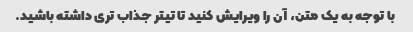
با توجه به یک متن، آن را ویرایش کنید تا تیتر جذاب تری داشته باشید.